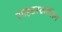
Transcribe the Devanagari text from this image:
साइडस्क्रोलिंग